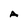
Character: A